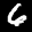
Label: 6